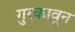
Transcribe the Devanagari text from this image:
गुरकावून